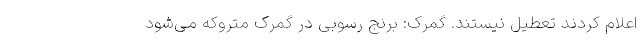
اعلام کردند تعطیل نیستند. گمرک: برنج‌ رسوبی در گمرک متروکه می‌شود